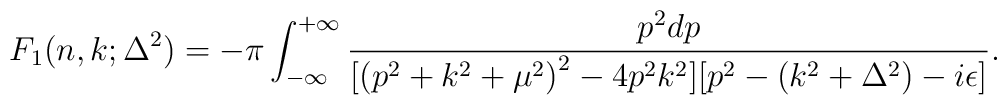
F_1(n,k;\Delta^2)=-\pi \int_{-\infty}^{+\infty}\frac{p^2dp}{[{(p^2+k^2+\mu^2)}^2-4p^2k^2][p^2-(k^2+\Delta^2)-i\epsilon]}.